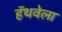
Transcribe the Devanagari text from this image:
हॅथवेला